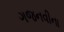
ગજનવીના